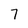
Character: 7